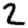
Digit: 2